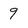
Character: 9